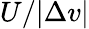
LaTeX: U/|\Delta v|